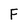
Character: F